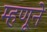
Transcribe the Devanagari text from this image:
म्हणूने